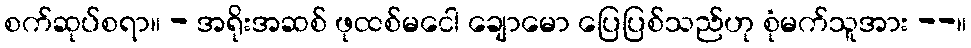
စက်ဆုပ်စရာ။ - အရိုးအဆစ် ဖုထစ်မငေါ ချောမော ပြေပြစ်သည်ဟု စုံမက်သူအား --။